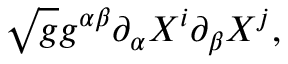
\sqrt { g } g ^ { \alpha \beta } \partial _ { \alpha } X ^ { i } \partial _ { \beta } X ^ { j } ,